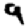
Digit: 9